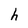
Character: h